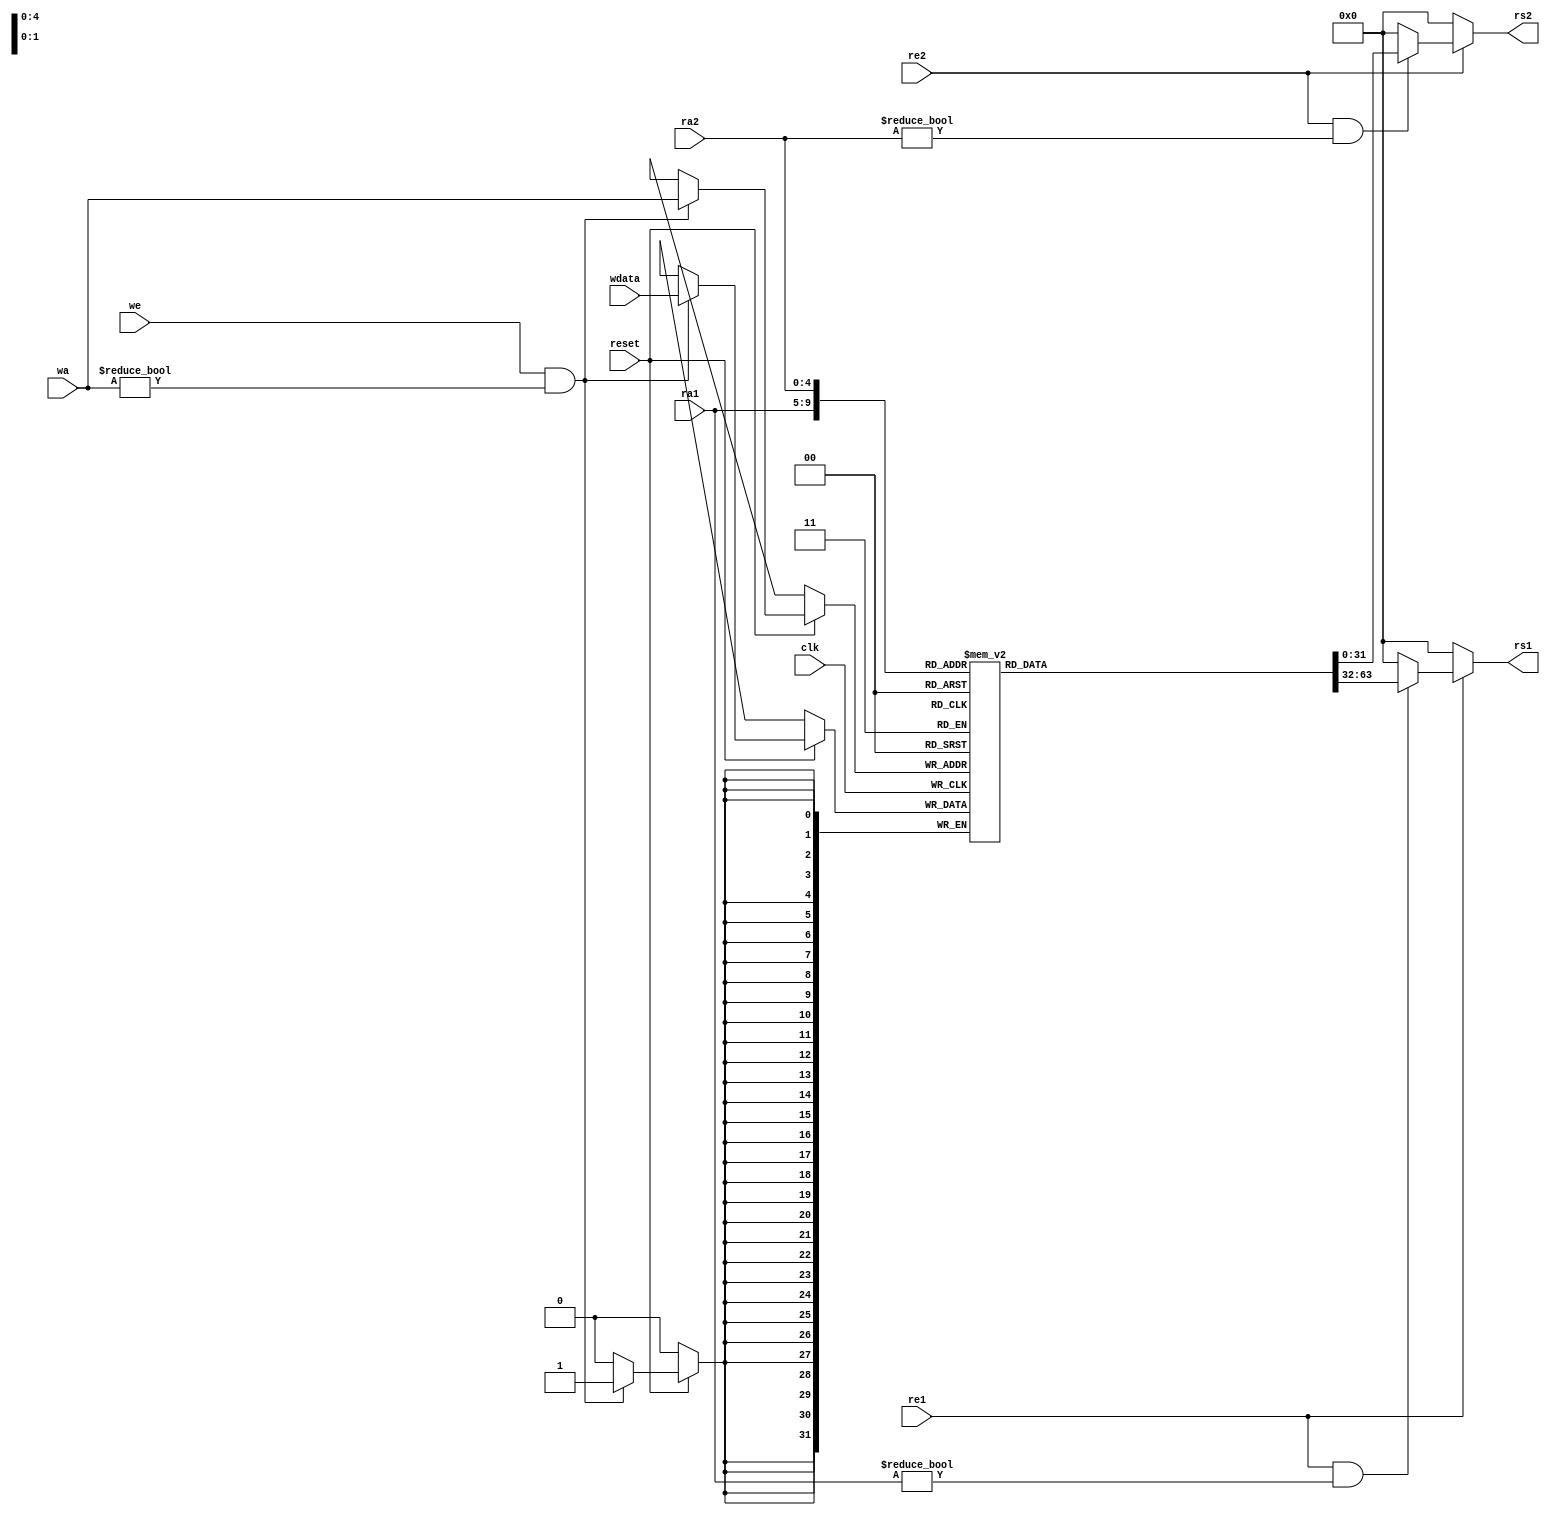
module regster(
    input               clk,
    input               reset,
    input               we,
    input               re1,
    input               re2,

    input       [4:0]   ra1,
    input       [4:0]   ra2,
    input       [4:0]   wa,

    input      [31:0]   wdata,
    output reg [31:0]   rs1,
    output reg [31:0]   rs2
);

    reg        [31:0]   regfile [31:0];


    always @(posedge(clk)) begin
        if (reset) begin                // when reset is HIGH, enable write ability
            if (we && wa != 0) begin
                regfile[wa] <= wdata;
            end
        end
    end

    always @(*) begin
        if(!re1)
            rs1 = 0;
        else if (re1 && ra1 != 0) begin
            /*if(we && ra1 == wa)
                rs1 = wdata;
            else*/
                rs1 = regfile[ra1];
        end
        else
            rs1 = 0;
    end

    always @(*) begin
        if(!re2)
            rs2 = 0;
        else if (re2 && ra2 != 0) begin
            /*if(we && ra2 == wa)
                rs2 = wdata;
            else*/
                rs2 = regfile[ra2];
        end
        else
            rs2 = 0;
    end

endmodule